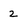
Character: 2